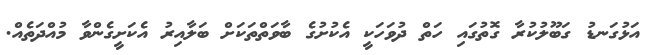
އަޅުގަނޑު ގަބޫލުކުރާ ގޮތުގައި ހަތް ދުވަހަކީ އެކުށުގެ ބާވަތްތަކަށް ބަލާއިރު އެކަށީގެންވާ މުއްދަތެއް.